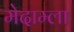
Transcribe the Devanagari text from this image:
मेदाम्ला